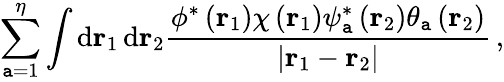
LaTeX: \sum_{\mathtt{a}=1}^{\eta}\int\textrm{{d}}\mathbf{r}_{1}\, \textrm{{d}}\mathbf{r}_{2}\frac{{\phi^{*}\left(\mathbf{r}_{1}\right)\chi\left(\mathbf{r}_{1}\right)\psi_{\mathtt{a}}^{*}\left(\mathbf{r}_{2}\right)\theta_{\mathtt{a}}\left(\mathbf{r}_{2}\right)}}{{\left|\mathbf{r}_{1}-\mathbf{r}_{2}\right|}}\, ,